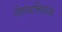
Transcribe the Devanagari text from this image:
देशभक्तिपरक